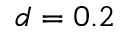
d = 0 . 2